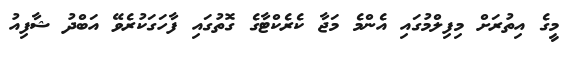
މީގެ އިތުރަށް މިފިލްމުގައި އެންމެ މަޖާ ކެރެކްޓާގެ ގޮތުގައި ފާހަގަކުރެވޭ އަބްދު ޝާފިއު